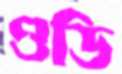
ওডি